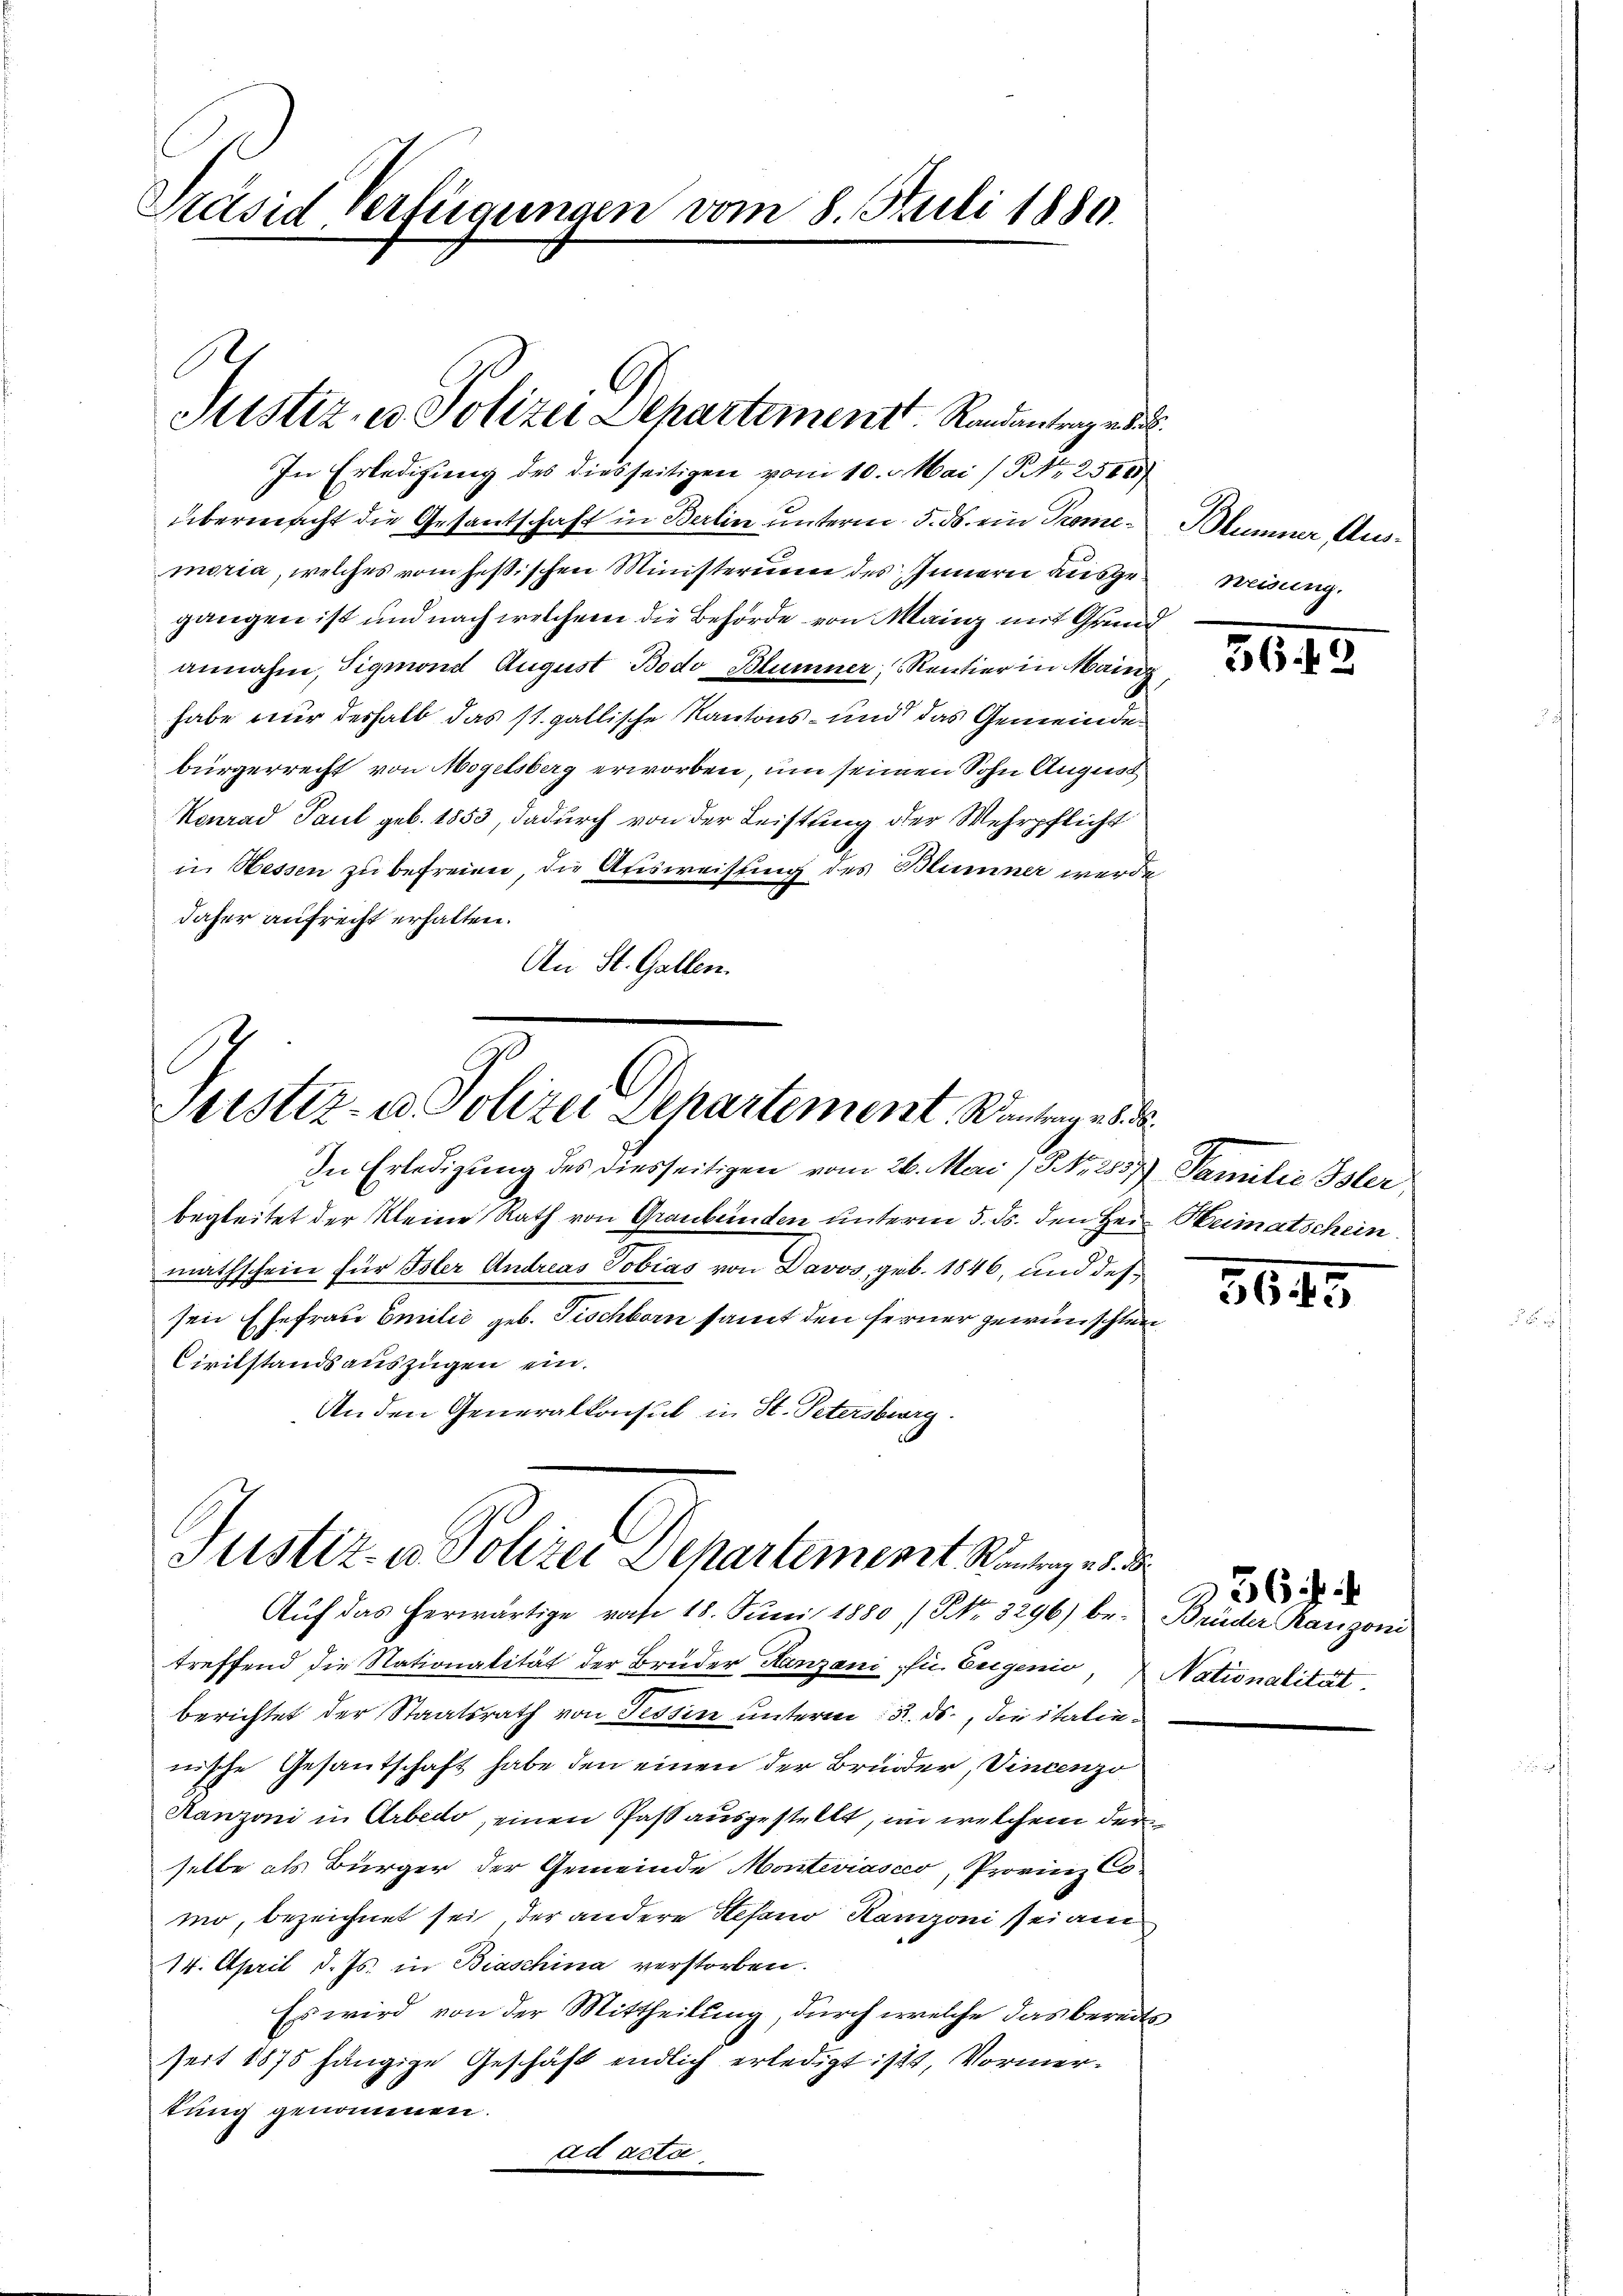
Präsid Verfügungen vom 8. Juli 1889.

In Erledigung des diesseitigen vom 10. d. Mai (Nr. 2500
übermacht die Gesantschaft in Berlin unterm 5. ds. ein Promemoria, welches vom heßischen Ministerium des Innern ausgegangen ist und nach welchem die Behörde von Man mit Grund
annahm, Sigmons August Bodo, Blümner, Rentier in Mainz,
habe nur deshalb das st. gallische Kantons- und das Gemeinde
bürgerrecht von Mogelsberg erworben, um seinen Sohn August
Kenrad Paul geb. 1853, dadurch von der Leistung der Wehrpflicht
in Hessen zu befreien, die Ausweisung des Blümner werde
daher aufrecht erhalten.
An St. Gallen.

Justiz, es Polizei Departement Randentrag au

In Erledigung des diesseitigen vom 26. Mai (Nr. 2557) Familie Isler
begleitet der Kleine Rath von Graubünden unterm 5. ds. den Herr Heimatschein
mathschein für Isler Andreas Tobias von Davos, geb. 1846, und dessen Ehefrau Emilić geb. Fischborn samt den ferner gewünschten
Civilstandsauszügen ein.
An den Generalkonsul in St. Petersburg.

Stistiz- u. Polizei Departement. Wantrage d.

Justiz- u. Polerer Departement Rinten er d
Auf das herwärtige von 18. Juni 1880 / Nr. 3296) be- Brüder Rangoni

treffend die Nationalität der Brüder Hanzani u. Eugenio, Nationalität
berichtet der Staatsrath von Tessin unterm 15. ds., die italienische Gesantschaft habe den einen der Bruder, Vincenzo
Manzoni in Arbedo, einen Past ausgestellt, im welchem der
selbe als Bürger der Gemeinde Monteviasco, Provinz Co-
mo, bezeichnet sei, der andere Stefano Kanzoni sei am
14. April d. Js. in Biaschina verstorben.
Es wird von der Mittheilung, durch welche das bereits
seit 1875 hängige Geschäft endlich erledigt ist, Vormertung genommen.
ad actae

Blümner Aus-
weisung.

3642

3645

236 d